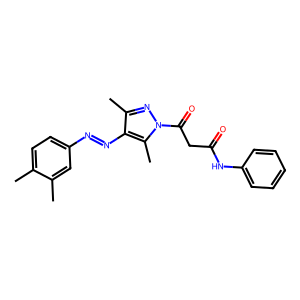
SMILES: Cc1ccc(N=Nc2c(C)nn(C(=O)CC(=O)Nc3ccccc3)c2C)cc1C
Inhibits HIV replication: No